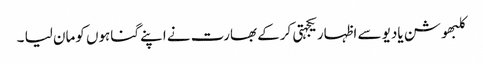
کلبھوشن یادیو سے اظہاریکجہتی کرکے بھارت نے اپنے گناہوں کومان لیا ۔